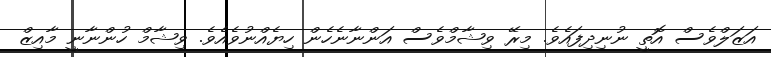
އަޒަލްވެސް އޮތީ ނުނިދިފައެވެ. މިރޭ ވިޝާމްވެސް އަންނާނެހެން ހިޔެއްނުވެއެވެ. ވިޝާމް ހުންނާނީ މާއިޒް